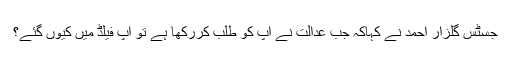
جسٹس گلزار احمد نے کہاکہ جب عدالت نے آپ کو طلب کررکھا ہے تو آپ فیلڈ میں کیوں گئے؟